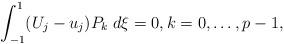
LaTeX: \begin{align*}\int_{-1}^1 (U_j - u_j)P_k \; d\xi = 0, k = 0, \ldots, p-1,\end{align*}